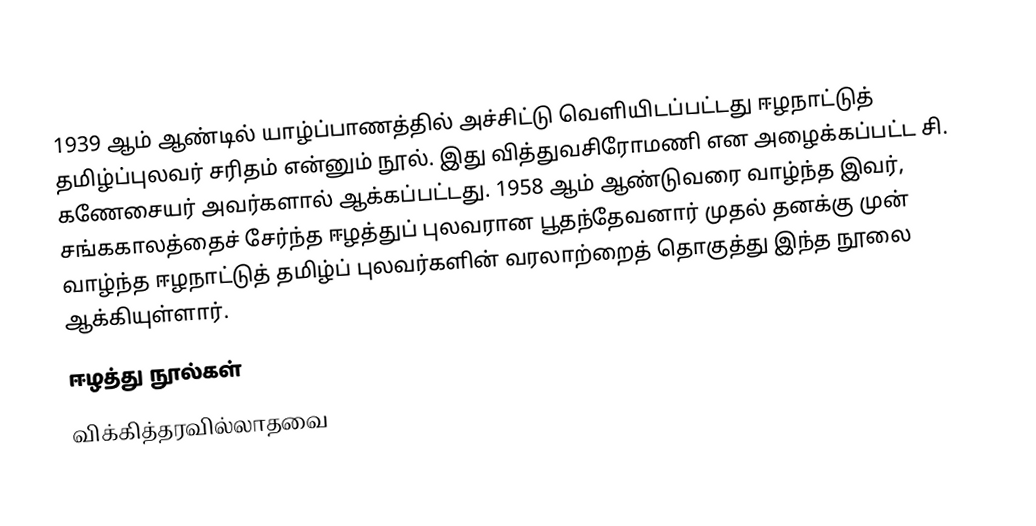
1939 ஆம் ஆண்டில் யாழ்ப்பாணத்தில் அச்சிட்டு வெளியிடப்பட்டது ஈழநாட்டுத் தமிழ்ப்புலவர் சரிதம் என்னும் நூல். இது வித்துவசிரோமணி என அழைக்கப்பட்ட சி. கணேசையர் அவர்களால் ஆக்கப்பட்டது. 1958 ஆம் ஆண்டுவரை வாழ்ந்த இவர், சங்ககாலத்தைச் சேர்ந்த ஈழத்துப் புலவரான பூதந்தேவனார் முதல் தனக்கு முன் வாழ்ந்த ஈழநாட்டுத் தமிழ்ப் புலவர்களின் வரலாற்றைத் தொகுத்து இந்த நூலை ஆக்கியுள்ளார்.
ஈழத்து நூல்கள்
விக்கித்தரவில்லாதவை